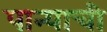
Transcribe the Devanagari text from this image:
पान्याची